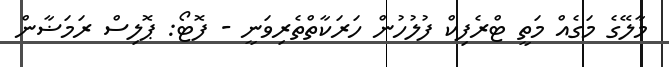
މާލޭގެ މަގެއް މަތީ ޓްރެފިކް ފުލުހުން ހަރަކާތްތެރިވަނީ - ފޮޓޯ: ޕޮލިސް ރަމަޟާން